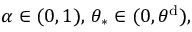
\alpha \in ( 0 , 1 ) , \, \theta _ { \ast } \in ( 0 , \theta ^ { \mathrm { d } } ) ,